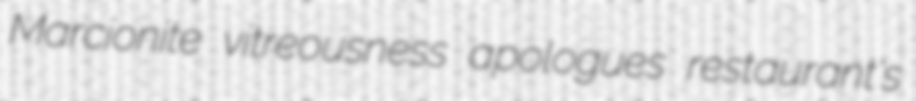
Marcionite vitreousness apologues restaurant's